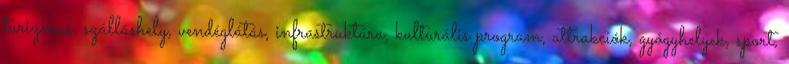
turizmus, szálláshely, vendéglátás, infrastruktúra, kulturális program, attrakciók, gyógyhelyek, sport,